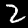
Digit: 2